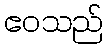
ဧဝသည်